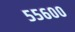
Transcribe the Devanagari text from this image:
५५६००